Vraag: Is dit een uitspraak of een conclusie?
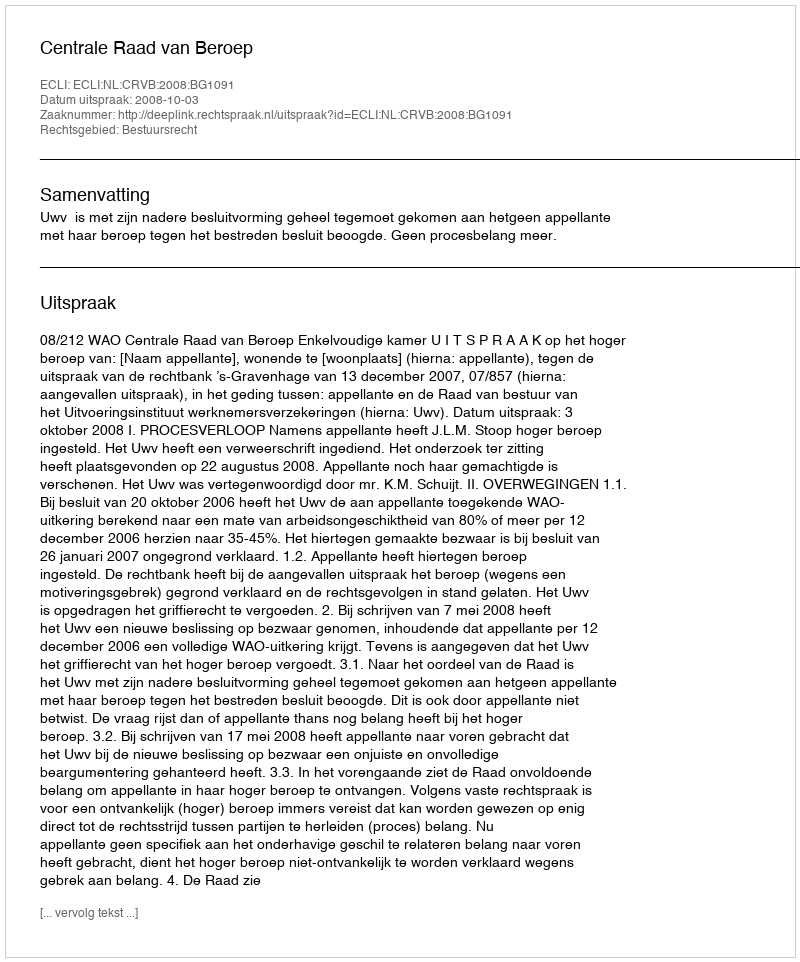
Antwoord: Uitspraak